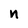
Character: n